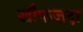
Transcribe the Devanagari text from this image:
खौफज़दा